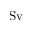
\mathrm { S v }